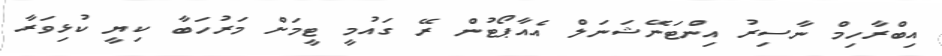
އިބްރާހިމް ނާސިރު އިންޓަނޭޝަނަލް އެއާޕޯޓުން ރޭ ގައުމީ ޓީމަށް މަރުހަބާ ކިޔީ ކުޅިވަރާ